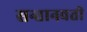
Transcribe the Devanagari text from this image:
सन्तानवती